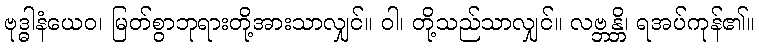
ဗုဒ္ဓါနံယေဝ၊ မြတ်စွာဘုရားတို့အားသာလျှင်။ ဝါ၊ တို့သည်သာလျှင်။ လဗ္ဘန္တိ၊ ရအပ်ကုန်၏။